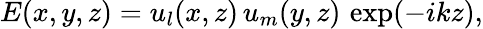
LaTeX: E(x,y,z)=u_{l}(x,z)\, u_{m}(y,z)\, \exp(-ikz),